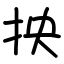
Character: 抰